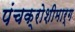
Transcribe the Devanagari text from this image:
पंचक्रोशीमार्ग